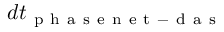
d t _ { \mathrm { ~ p ~ h ~ a ~ s ~ e ~ n ~ e ~ t ~ - ~ d ~ a ~ s ~ } }